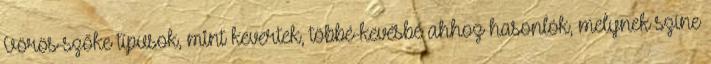
Vörös-szőke típusok, mint kevertek, többé-kevésbé ahhoz hasonlók, melynek színe